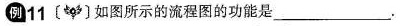
例11如图所示的流程图的功能是___ .